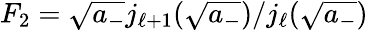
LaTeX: F_{2}=\sqrt{a_{-}}j_{\ell+1}(\sqrt{a_{-}})/j_{\ell}(\sqrt{a_{-}})